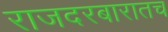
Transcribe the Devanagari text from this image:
राजदरबारातच